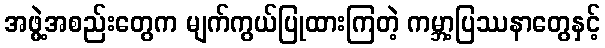
အဖွဲ့အစည်းတွေက မျက်ကွယ်ပြုထားကြတဲ့ ကမ္ဘာ့ပြဿနာတွေနှင့်